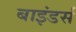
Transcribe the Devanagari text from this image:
बाइंडर्स